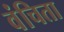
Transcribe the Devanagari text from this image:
वंचिता